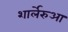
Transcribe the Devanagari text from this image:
शार्लेरुआ